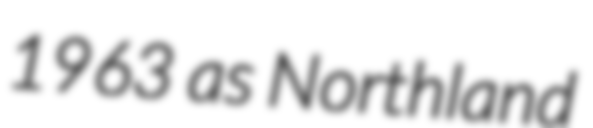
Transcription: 1963 as Northland